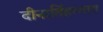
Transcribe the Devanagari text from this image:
दीनार्तिहरणाय